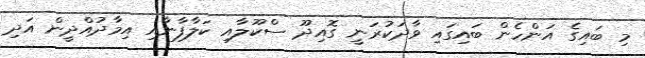
މި ބައިގެ އަންހެން ބައިގައި ވާދަކުރަނީ ގޮއިދޫ ސްކޫލާއި ކަލާފާނާއި އިމާދުއްދީން އަދި